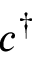
c ^ { \dagger }